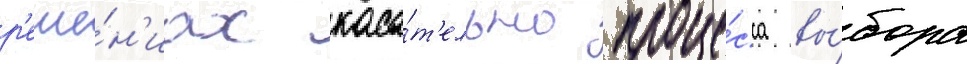
р'еше́н'иах каса́т'ельно проце́сса вы́бора